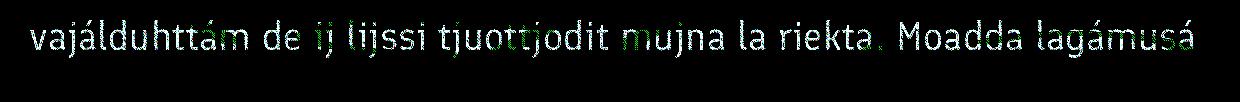
vajálduhttám de ij lijssi tjuottjodit mujna la riekta. Moadda lagámusá